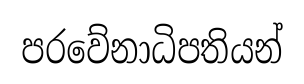
පරවේනාධිපතියන්